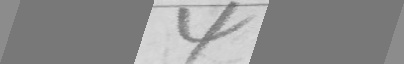
4